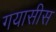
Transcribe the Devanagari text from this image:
गयासीस